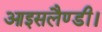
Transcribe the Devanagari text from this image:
आइसलैण्डी।